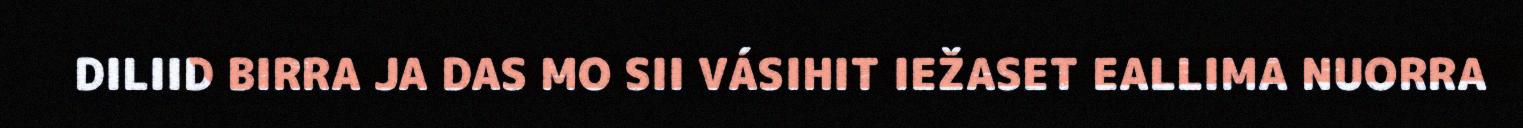
DILIID BIRRA JA DAS MO SII VÁSIHIT IEŽASET EALLIMA NUORRA